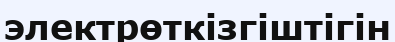
электрөткізгіштігін